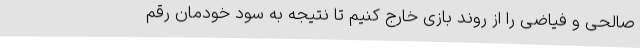
صالحی و فیاضی را از روند بازی خارج کنیم تا نتیجه به سود خودمان رقم